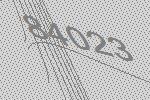
84023